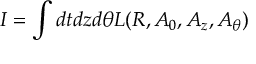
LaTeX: I = \int d t d z d \theta { \cal L } ( R , A _ { 0 } , A _ { z } , A _ { \theta } )